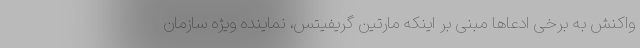
واکنش به برخی ادعاها مبنی بر اینکه مارتین گریفیتس، نماینده ویژه سازمان